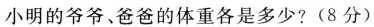
小明 爸爸小明的爷爷、爸爸的体重各是多少?(8分)